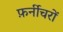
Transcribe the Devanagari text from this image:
फ़र्नीचरों